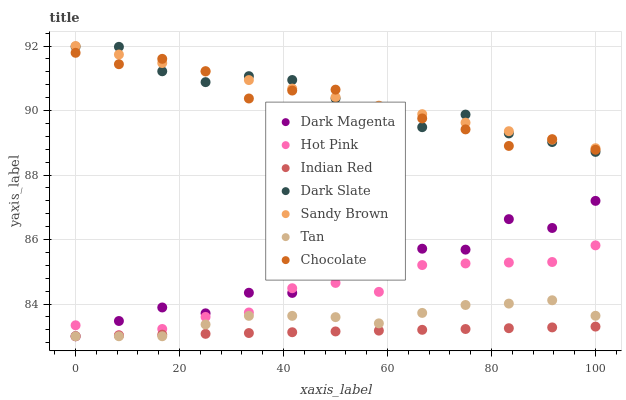
| xaxis_label | Dark Magenta | Hot Pink | Indian Red | Dark Slate | Sandy Brown | Tan | Chocolate |
 | --- | --- | --- | --- | --- | --- | --- | --- |
 | 0 | 83 | 83.3 | 83 | 92 | 92 | 83 | 91.8 |
 | 8.33 | 83.5 | 83 | 83 | 92 | 91.7 | 83 | 91.4 |
 | 16.7 | 83.9 | 83.2 | 83 | 91.2 | 91.5 | 83 | 91.6 |
 | 25 | 83.7 | 83.6 | 83.1 | 90.9 | 91.2 | 83.4 | 91.2 |
 | 33.3 | 84.3 | 83.7 | 83.1 | 91.1 | 90.9 | 83.6 | 90.4 |
 | 41.7 | 84.3 | 84.5 | 83.1 | 90.9 | 90.7 | 83.6 | 90.6 |
 | 50 | 85.2 | 84.7 | 83.1 | 90.4 | 90.4 | 83.6 | 90.6 |
 | 58.3 | 84.9 | 84.4 | 83.2 | 89.8 | 90.2 | 83.4 | 89.9 |
 | 66.7 | 85.7 | 85.2 | 83.2 | 89.5 | 89.9 | 83.7 | 89.8 |
 | 75 | 85.7 | 85.3 | 83.2 | 89.9 | 89.6 | 84 | 89.4 |
 | 83.3 | 86.6 | 85.3 | 83.2 | 89.3 | 89.4 | 84 | 88.9 |
 | 91.7 | 86.4 | 85.3 | 83.3 | 89 | 89.1 | 84.1 | 89.1 |
 | 100 | 87.2 | 85.8 | 83.3 | 88.7 | 88.8 | 83.6 | 88.8 |